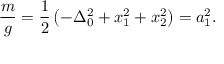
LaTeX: \frac { m } { g } = \frac { 1 } { 2 } \left( - \Delta _ { 0 } ^ { 2 } + x _ { 1 } ^ { 2 } + x _ { 2 } ^ { 2 } \right) = a _ { 1 } ^ { 2 } .